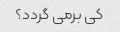
کی برمی گردد؟